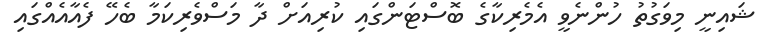
ޝައިނީ މިވަގުތު ހުންނެވީ އެމެރިކާގެ ބޮސްޓަންގައި ކުރިއަށް ދާ މަސްވެރިކަމާ ބެހޭ ފެއާއެއްގައި